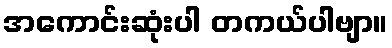
အကောင်းဆုံးပါ တကယ်ပါဗျာ။